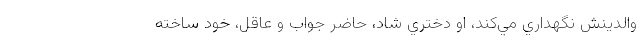
والدينش نگهداري ‌مي‌کند، او دختري شاد، حاضر جواب و عاقل، خود ساخته